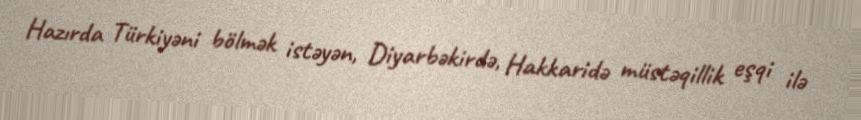
Hazırda Türkiyəni bölmək istəyən, Diyarbəkirdə, Hakkaridə müstəqillik eşqi ilə